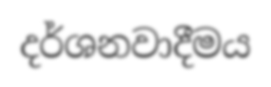
දර්ශනවාදීමය